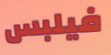
فيلبس